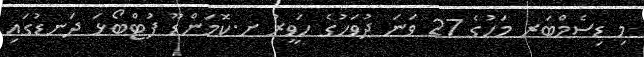
މި ޑިސެމްބަރ މަހުގެ 27 ވަނަ ދުވަހުގެ ހަވީރު ށ.ކޮމަންޑޫ ފުޓްބޯޅަ ދަނޑުގައި